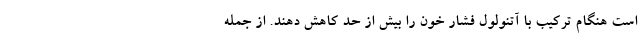
است هنگام ترکیب با آتنولول فشار خون را بیش از حد کاهش دهند. از جمله